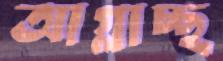
আগ্‌লাচ্ছ